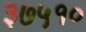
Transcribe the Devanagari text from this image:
३७५१०